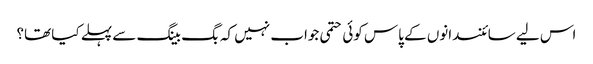
اس لیے سائنسدانوں کے پاس کوئی حتمی جواب نہیں کہ بگ بینگ سے پہلے کیا تھا؟